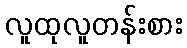
လူထုလူတန်းစား